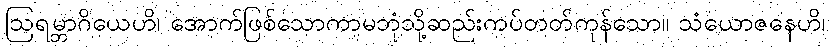
ဩရမ္ဘာဂိယေဟိ၊ အောက်ဖြစ်သောကာမဘုံသို့ဆည်းကပ်တတ်ကုန်သော။ သံယောဇနေဟိ၊